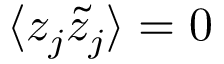
\langle z _ { j } \tilde { z } _ { j } \rangle = 0